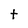
Character: t